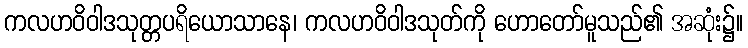
ကလဟဝိဝါဒသုတ္တပရိယောသာနေ၊ ကလဟဝိဝါဒသုတ်ကို ဟောတော်မူသည်၏ အဆုံး၌။